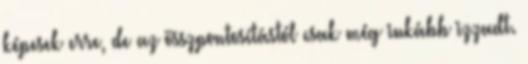
képesek erre, de az összpontosítástól csak még inkább izzadt.